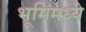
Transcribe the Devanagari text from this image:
भूमिंमध्ये